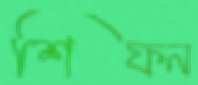
শিফন